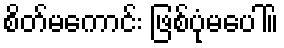
စိတ်မကောင်း ဖြစ်ပုံမပေါ်။